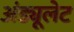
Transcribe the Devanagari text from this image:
अंड्यूलेट